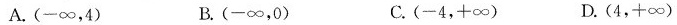
A.(-\infty,4) B.(-\infty,0) C.(-4,+\infty) D.(4,+\infty)